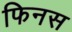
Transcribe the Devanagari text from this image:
फिनस